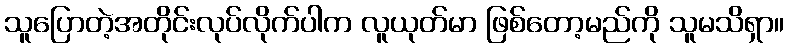
သူပြောတဲ့အတိုင်းလုပ်လိုက်ပါက လူယုတ်မာ ဖြစ်တော့မည်ကို သူမသိရှာ။